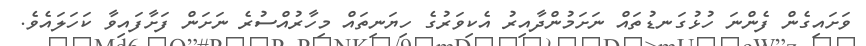
ވަށައިގެން ފެންނަ ހުޅުގަނޑުތައް ނަށަމުންދާއިރު އެކިވަރުގެ ހިޔަނިތައް މިހާރުއްސުރެ ނަށަން ފަށާފައިވާ ކަހަލައެވެ.